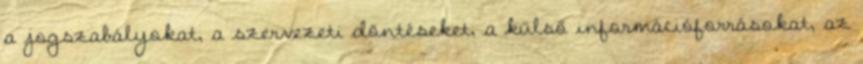
a jogszabályokat, a szervezeti döntéseket, a külső információforrásokat, az